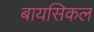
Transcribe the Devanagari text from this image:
बायसिकल